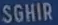
SGHIR